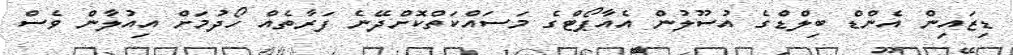
ޑިޒައިން އެންޑް ބިލްޑްގެ އުސޫލުން އެއާޕޯޓްގެ މަސައްކަތްކޮށްދޭނެ ފަރާތެއް ހޯދުމަށް އިއުލާން ވެސް